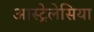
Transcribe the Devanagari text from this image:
आस्ट्रेलेसिया